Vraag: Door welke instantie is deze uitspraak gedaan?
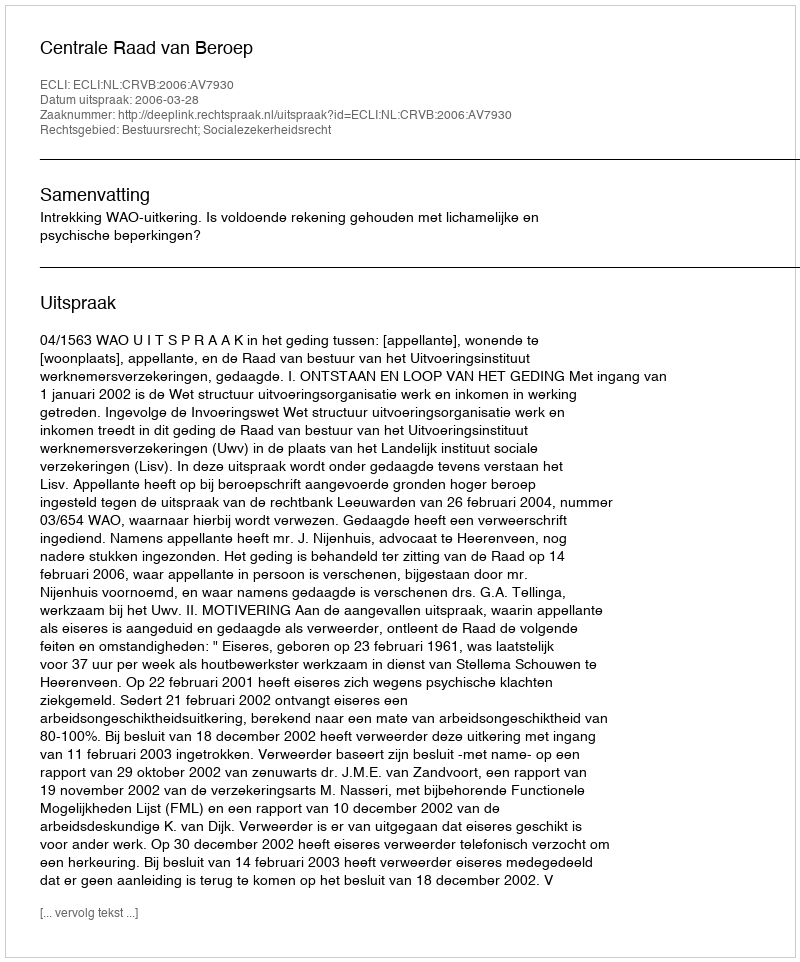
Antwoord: Centrale Raad van Beroep